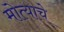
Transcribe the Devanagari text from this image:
मोत्याचे